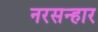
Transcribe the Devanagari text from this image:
नरसन्हार